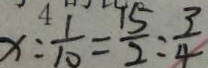
x : \frac { 1 } { 1 0 } = \frac { 1 5 } { 2 } : \frac { 3 } { 4 }